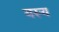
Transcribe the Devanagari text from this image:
यस्‍य